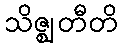
သိဇ္ဈတီတိ